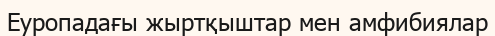
Еуропадағы жыртқыштар мен амфибиялар